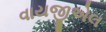
વાયજીએલ